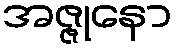
အဇ္ဇုနော